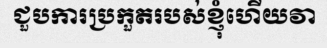
ជួបការប្រកួតរបស់ខ្ញុំហើយវា